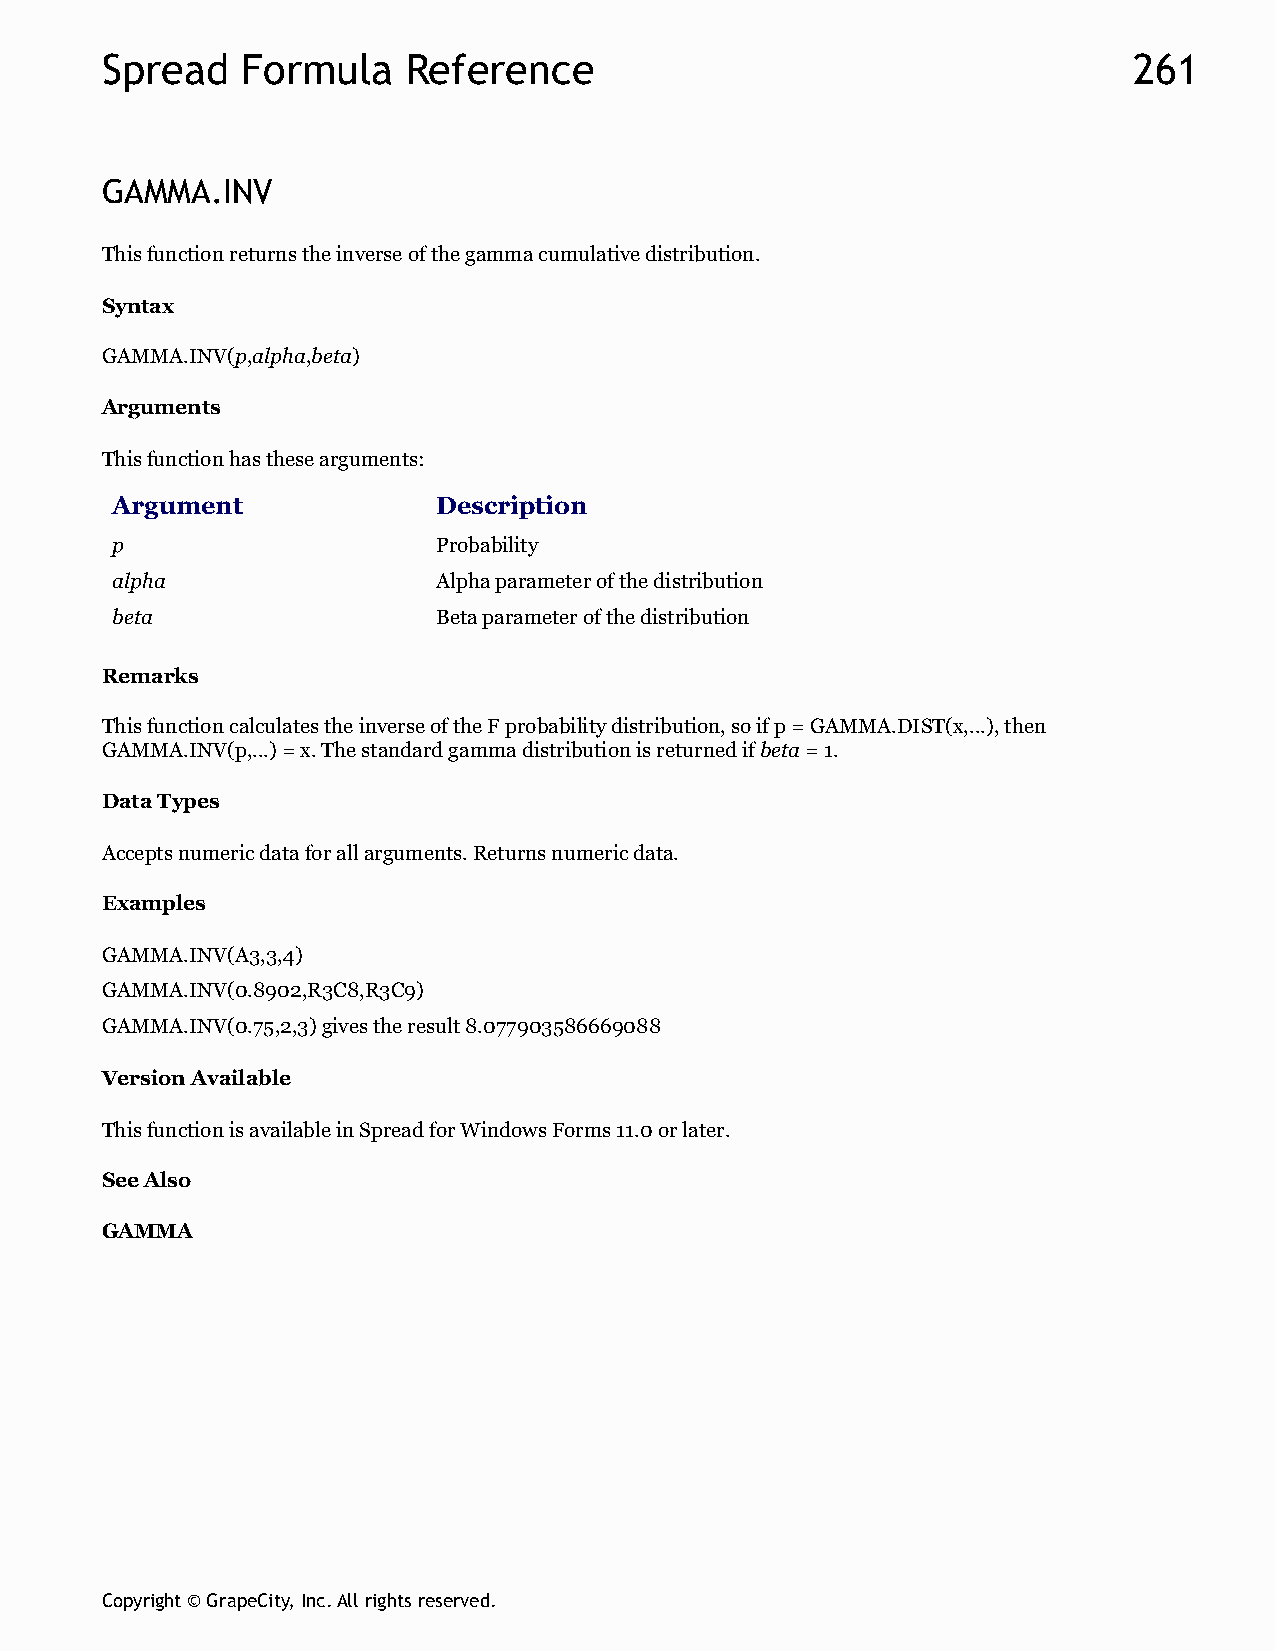
Spread   Formula    Reference                                       261
 GAMMA.INV
 This function returns the inverse of the gamma cumulative distribution.
 Syntax
 GAMMA.INV(p,alpha,beta)
 Arguments
 This function has these arguments:
 Argument              Description
 p                     Probability
 alpha                 Alpha parameter of the distribution
 beta                  Beta parameter of the distribution
 Remarks
 This function calculates the inverse of the F probability distribution, so if p = GAMMA.DIST(x,...), then
 GAMMA.INV(p,...) = x. The standard gamma distribution is returned if beta = 1.
 Data Types
 Accepts numeric data for all arguments. Returns numeric data.
 Examples
 GAMMA.INV(A3,3,4)
 GAMMA.INV(0.8902,R3C8,R3C9)
 GAMMA.INV(0.75,2,3) gives the result 8.077903586669088
 Version Available
 This function is available in Spread for Windows Forms 11.0 or later.
 See Also
 GAMMA
 Copyright © GrapeCity, Inc. All rights reserved.